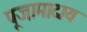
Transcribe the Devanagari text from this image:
पूजामादाय